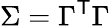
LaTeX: \Sigma=\Gamma^{\mathsf{T}}\Gamma